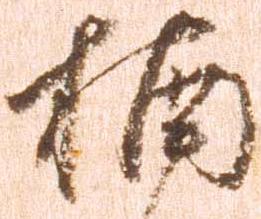
楠